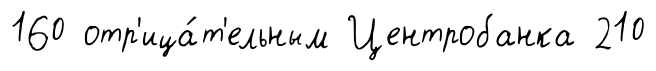
160 отр'ица́т'ельным Центробанка 210